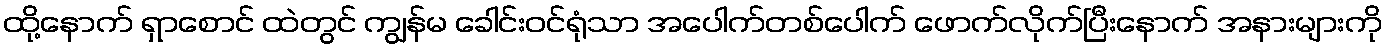
ထို့နောက် ရှာစောင် ထဲတွင် ကျွန်မ ခေါင်းဝင်ရုံသာ အပေါက်တစ်ပေါက် ဖောက်လိုက်ပြီးနောက် အနားများကို